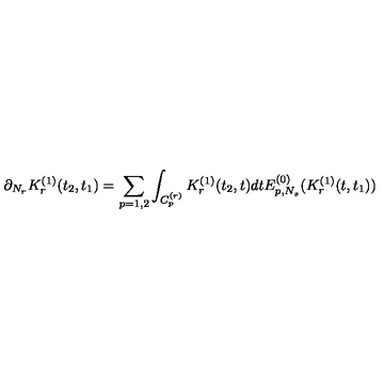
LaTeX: \partial _ { N _ { r } } K _ { r } ^ { ( 1 ) } ( t _ { 2 } , t _ { 1 } ) = \sum _ { p = 1 , 2 } \int _ { C _ { p } ^ { ( r ) } } K _ { r } ^ { ( 1 ) } ( t _ { 2 } , t ) d t E _ { p , N _ { s } } ^ { ( 0 ) } ( K _ { r } ^ { ( 1 ) } ( t , t _ { 1 } ) )